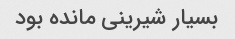
بسیار شیرینی مانده بود